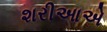
શરીઆએ